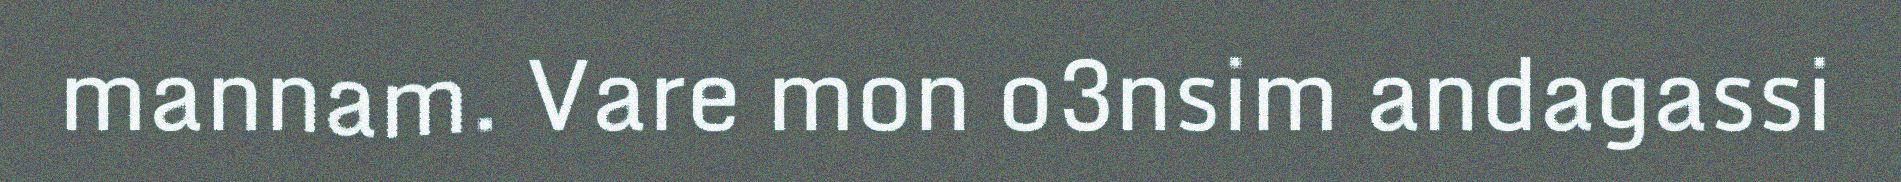
mannam. Vare mon o3nsim andagassi